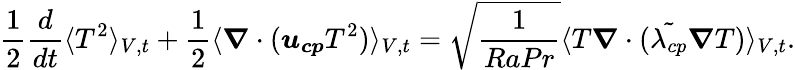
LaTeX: \frac{1}{2}\frac{d}{dt}\langle T^{2}\rangle_{V,t}+\frac{1}{2}\langle\boldsymbol{\nabla}\cdot(\boldsymbol{u_{cp}}T^{2})\rangle_{V,t}=\sqrt{\frac{1}{RaPr}}\langle T\boldsymbol{\nabla}\cdot({\tilde{\lambda_{cp}}\boldsymbol{\nabla}T})\rangle_{V,t}.